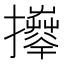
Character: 𢹄